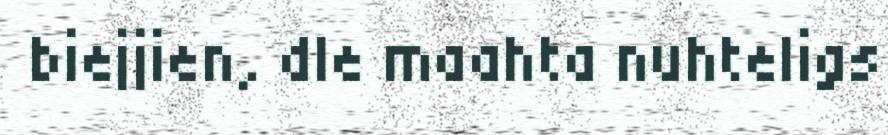
biejjien, dle maahta nuhteligs